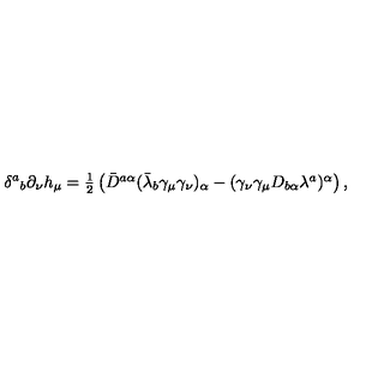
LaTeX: \delta ^ { a } { } _ { b } \partial _ { \nu } h _ { \mu } = \textstyle { \frac { 1 } { 2 } } \left( \bar { D } ^ { a \alpha } ( \bar { \lambda } _ { b } \gamma _ { \mu } \gamma _ { \nu } ) _ { \alpha } - ( \gamma _ { \nu } \gamma _ { \mu } D _ { b \alpha } \lambda ^ { a } ) ^ { \alpha } \right) ,